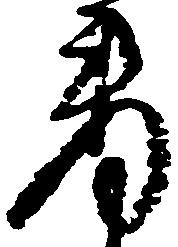
要